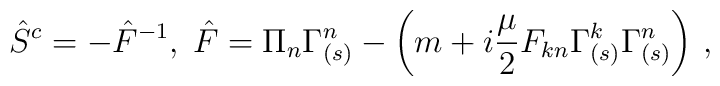
\hat{S}^c=-\hat{F}^{-1},\;\hat{F}=\Pi_n\Gamma_{(s)}^n-\left(m+i\frac{\mu}{2}F_{kn}\Gamma_{(s)} ^k\Gamma_{(s)} ^n \right)\,,